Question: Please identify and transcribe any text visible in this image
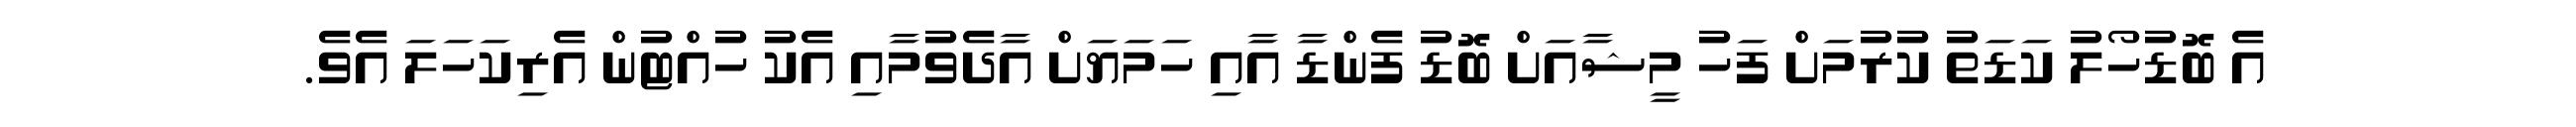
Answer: އެ ބޮޑުހޯލު ކަޑަތު ކުރުމަށް ފަހު މީޝާއަށް ބޮޑު ފެންޑާ އާއި ހަމަޔަށް އާދެވުމާއި އެކު ހުއްޓުން އެރިކަހަލަ އެވެ.